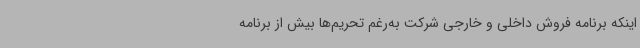
اینکه برنامه فروش داخلی و خارجی شرکت به‌رغم تحریم‌ها بیش از برنامه